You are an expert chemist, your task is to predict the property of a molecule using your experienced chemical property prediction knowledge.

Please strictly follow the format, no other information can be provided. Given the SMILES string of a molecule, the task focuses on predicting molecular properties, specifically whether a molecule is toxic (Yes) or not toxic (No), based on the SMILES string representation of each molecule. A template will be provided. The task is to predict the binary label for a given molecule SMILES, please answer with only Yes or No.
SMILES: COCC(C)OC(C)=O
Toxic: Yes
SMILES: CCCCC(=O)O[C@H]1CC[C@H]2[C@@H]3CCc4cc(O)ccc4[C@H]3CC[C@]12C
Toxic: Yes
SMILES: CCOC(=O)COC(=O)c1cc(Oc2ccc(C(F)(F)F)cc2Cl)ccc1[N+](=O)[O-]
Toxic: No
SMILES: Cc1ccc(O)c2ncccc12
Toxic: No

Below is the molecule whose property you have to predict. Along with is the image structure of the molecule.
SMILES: CN(C)CCOC(=O)C(c1ccccc1)C1(O)CCCC1
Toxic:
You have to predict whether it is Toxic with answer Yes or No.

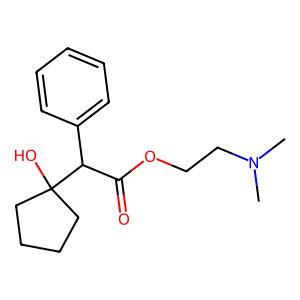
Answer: No